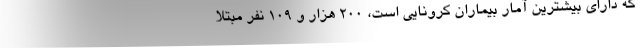
که دارای بیشترین آمار بیماران کرونایی است، ۲۰۰ هزار و ۱۰۹ نفر مبتلا